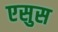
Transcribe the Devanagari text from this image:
एसुस